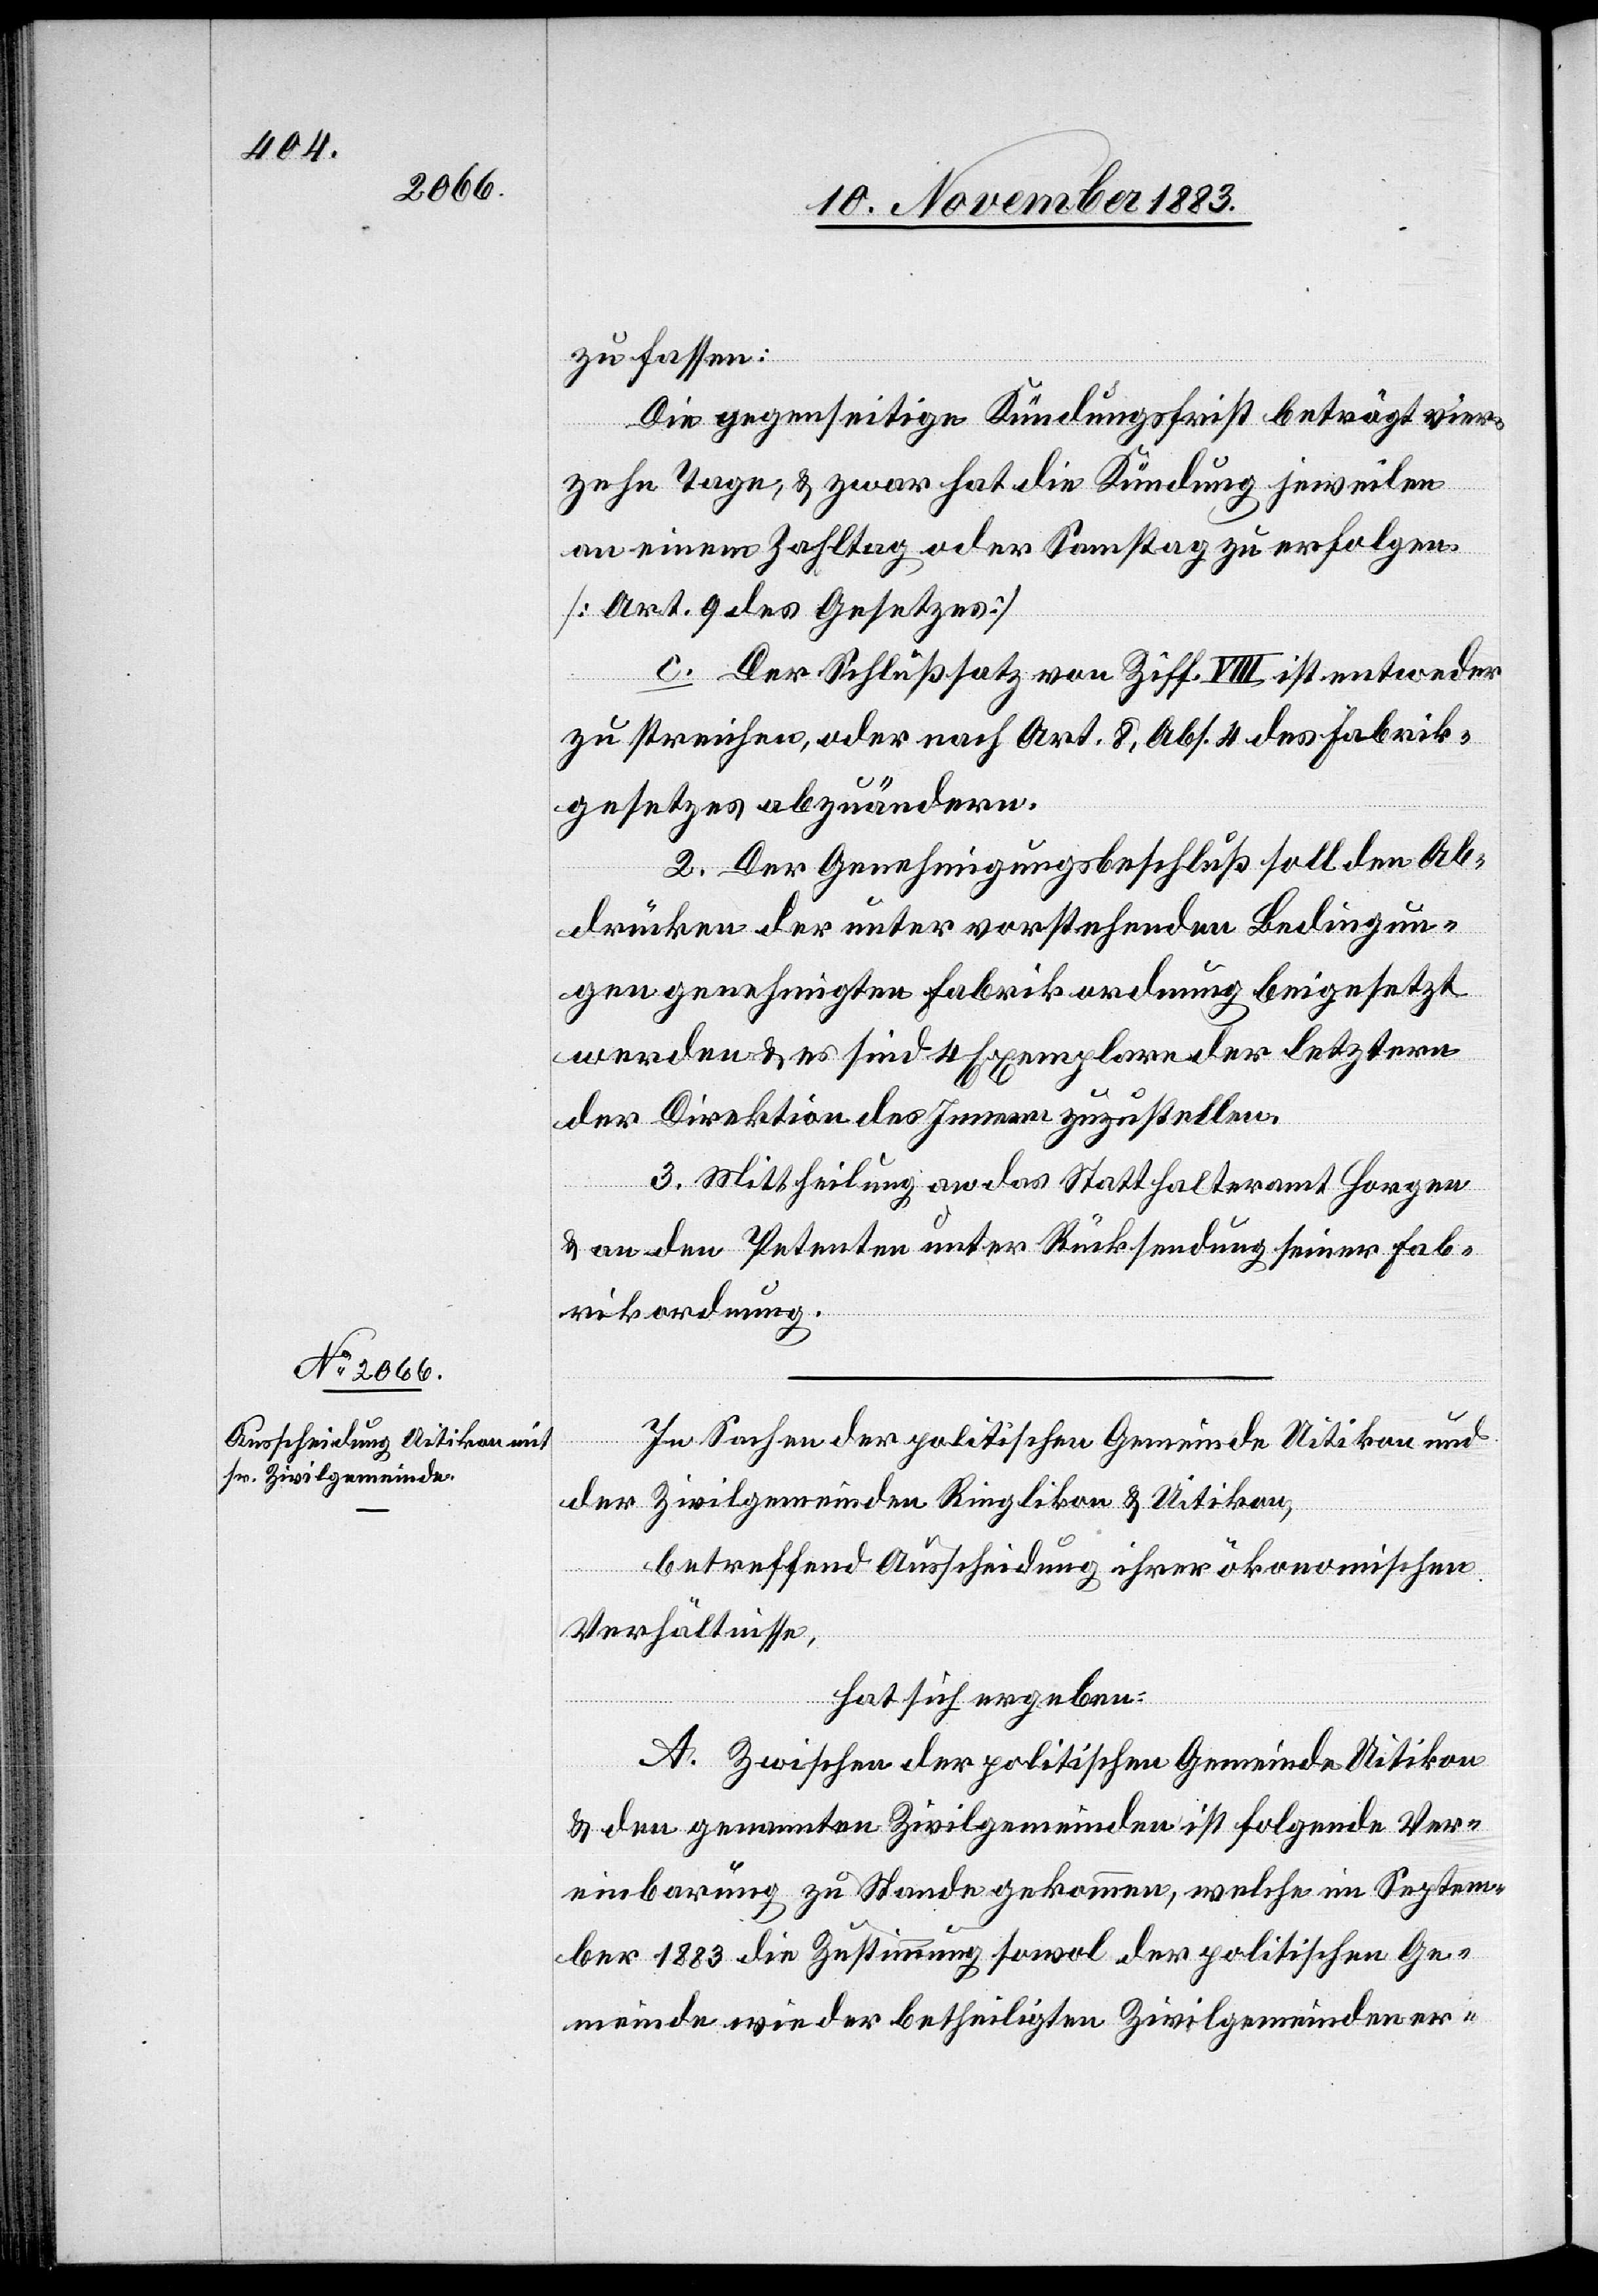
zu fassen:
Die gegenseitige Kündungsfrist beträgt vier¬
zehn Tage, & zwar hat die Kündung jeweilen
an einem Zahltag oder Samstag zu erfolgen
[Art. 9 des Gesetzes]
c. Der Schlußsatz von Ziff. VIII ist entweder
zu streichen, oder nach Art. 8, Abs. 4 des Fabrik¬
gesetzes abzuändern.
2. Der Genehmigungsbeschluß soll den Ab¬
drücken der unter vorstehenden Bedingun¬
gen genehmigten Fabrikordnung beigesetzt
werden & es sind 4 Exemplare der letztern
der Direktion des Innern zuzustellen.
3. Mittheilung an das Statthalteramt Horgen
& an den Petenten unter Rücksendung seiner Fab¬
rikordnung.
In Sachen der politischen Gemeinde Uitikon und
der Zivilgemeinden Ringlikon & Uitikon,
betreffend Ausscheidung ihrer ökonomischen
Verhältnisse,
hat sich ergeben:
A. Zwischen der politischen Gemeinde Uitikon
& den genannten Zivilgemeinden ist folgende Ver¬
einbarung zu Stande gekommen, welche im Septem¬
ber 1883 die Zustimmung sowol der politischen Ge¬
meinde wie der betheiligten Zivilgemeinden er-